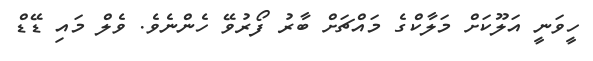
ހީވަނީ އަލޫކަށް މަލާކްގެ މައްޗަށް ބާރު ފޯރުވޭ ހެންނެވެ. ވެލް މައި ޑޭޑް